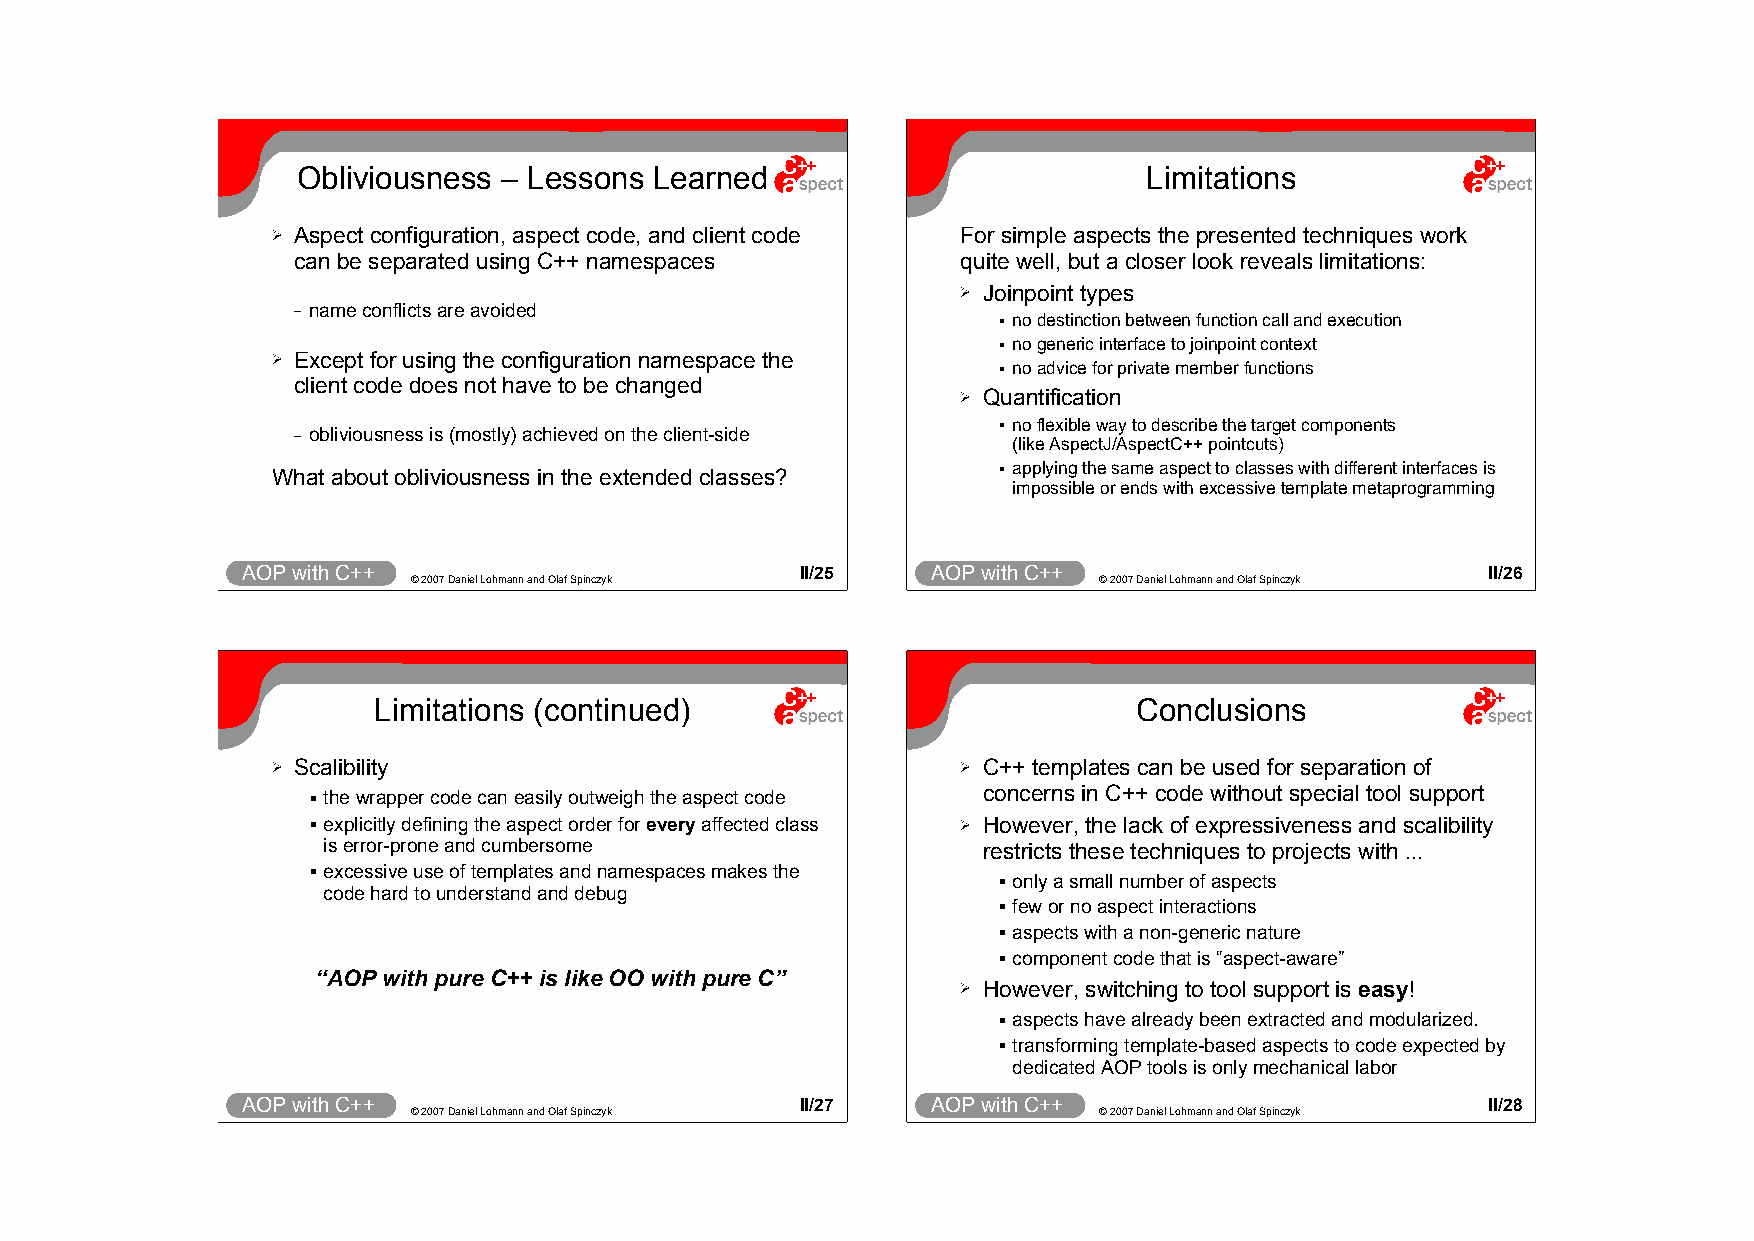
Obliviousness – Lessons Learned                         Limitations
 ➢ Aspect configuration, aspect code, and client code For simple aspects the presented techniques work
 can be separated using C++ namespaces        quite well, but a closer look reveals limitations:
 ➢ Joinpoint types
 – name conflicts are avoided
  no destinction between function call and execution
  no generic interface to joinpoint context
 ➢ Except for using the configuration namespace the  no advice for private member functions
 client code does not have to be changed
 ➢ Quantification
 – obliviousness is (mostly) achieved on the client-side  no flexible way to describe the target components
 (like AspectJ/AspectC++ pointcuts)
 What about obliviousness in the extended classes?  applying the same aspect to classes with different interfaces is
 impossible or ends with excessive template metaprogramming
 AOP with C++                         II/25    AOP with C++                         II/26
 © 2007 Daniel Lohmann and Olaf Spinczyk       © 2007 Daniel Lohmann and Olaf Spinczyk
 Limitations (continued)                           Conclusions
 ➢ Scalibility                                 ➢ C++ templates can be used for separation of
 concerns in C++ code without special tool support
  the wrapper code can easily outweigh the aspect code
  explicitly defining the aspect order for every affected class ➢ However, the lack of expressiveness and scalibility
 is error-prone and cumbersome               restricts these techniques to projects with ...
  excessive use of templates and namespaces makes the  only a small number of aspects
 code hard to understand and debug
  few or no aspect interactions
  aspects with a non-generic nature
  component code that is “aspect-aware”
 “AOP with pure C++ is like OO with pure C”
 ➢ However, switching to tool support is easy!
  aspects have already been extracted and modularized.
  transforming template-based aspects to code expected by
 dedicated AOP tools is only mechanical labor
 AOP with C++                         II/27    AOP with C++                         II/28
 © 2007 Daniel Lohmann and Olaf Spinczyk       © 2007 Daniel Lohmann and Olaf Spinczyk